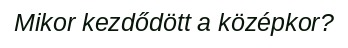
Mikor kezdődött a középkor?